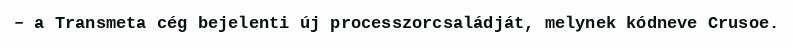
– a Transmeta cég bejelenti új processzorcsaládját, melynek kódneve Crusoe.